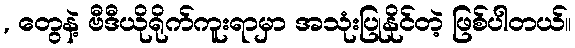
, တွေနဲ့ ဗီဒီယိုရိုက်ကူးရာမှာ အသုံးပြုနိုင်တဲ့ ဖြစ်ပါတယ်။